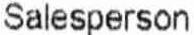
SALESPERSON